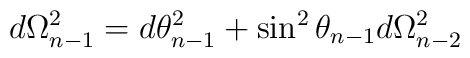
d\Omega_{n-1}^2 = d\theta_{n-1}^2 + \sin^2 \theta_{n-1} d\Omega_{n-2}^2